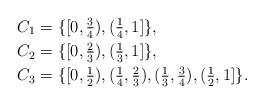
LaTeX: \begin{align*}C_1&=\{[0,\tfrac{3}{4}),(\tfrac{1}{4},1]\},\\C_2&=\{[0,\tfrac{2}{3}),(\tfrac{1}{3},1]\},\\C_3&=\{[0,\tfrac{1}{2}),(\tfrac{1}{4},\tfrac{2}{3}),(\tfrac{1}{3},\tfrac{3}{4}),(\tfrac{1}{2},1]\}.\end{align*}